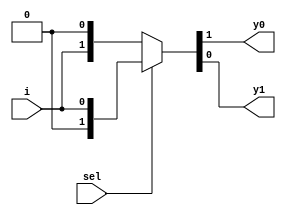
module demux1_2(
  input sel,
  input i,
  output y0, y1);
  
  assign {y0,y1} = sel?{1'b0,i}: {i,1'b0};
endmodule
module demux1_4(
  input sel0, sel1,
  input  i,
  output reg y0, y1, y2, y3);
  
  wire z1,z2;
  
  demux1_2 d1(sel0, i, z1, z2);
  demux1_2 d2(sel1, z1, y0, y1);
  demux1_2 d3(sel1, z2, y2, y3);
endmodule